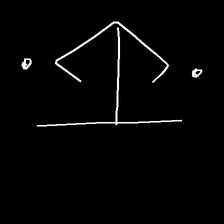
Glyph: earth